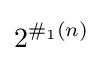
2^{\#_{1}(n)}